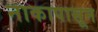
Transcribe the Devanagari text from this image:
नाकापासून